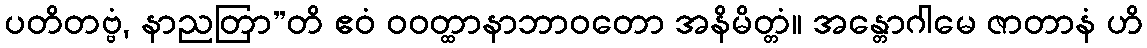
ပတိတဗ္ဗံ, နာညတြာ”တိ ဧဝံ ဝဝတ္ထာနာဘာဝတော အနိမိတ္တံ။ အန္တောဂါမေ ဇာတာနံ ဟိ